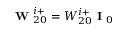
\textbf { W } _ { 2 0 } ^ { i + } = W _ { 2 0 } ^ { i + } \textbf { I } _ { 0 }